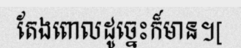
តែងពោលដូច្នេះក៏មាន។[